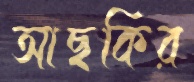
আছকির